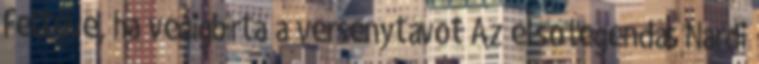
Feltéve, ha végigbírta a versenytávot Az első legendás Nardi